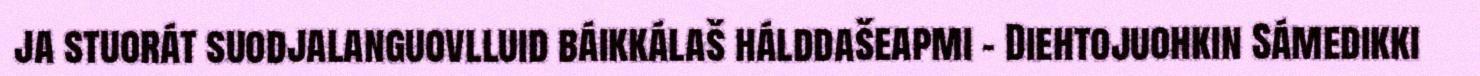
ja stuorát suodjalanguovlluid báikkálaš hálddašeapmi - Diehtojuohkin Sámedikki